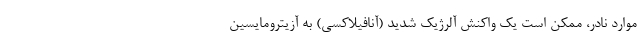
موارد نادر، ممکن است یک واکنش آلرژیک شدید (آنافیلاکسی) به آزیترومایسین